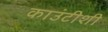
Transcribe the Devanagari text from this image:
काउंटीशी